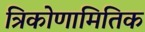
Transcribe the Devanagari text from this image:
त्रिकोणामितिक